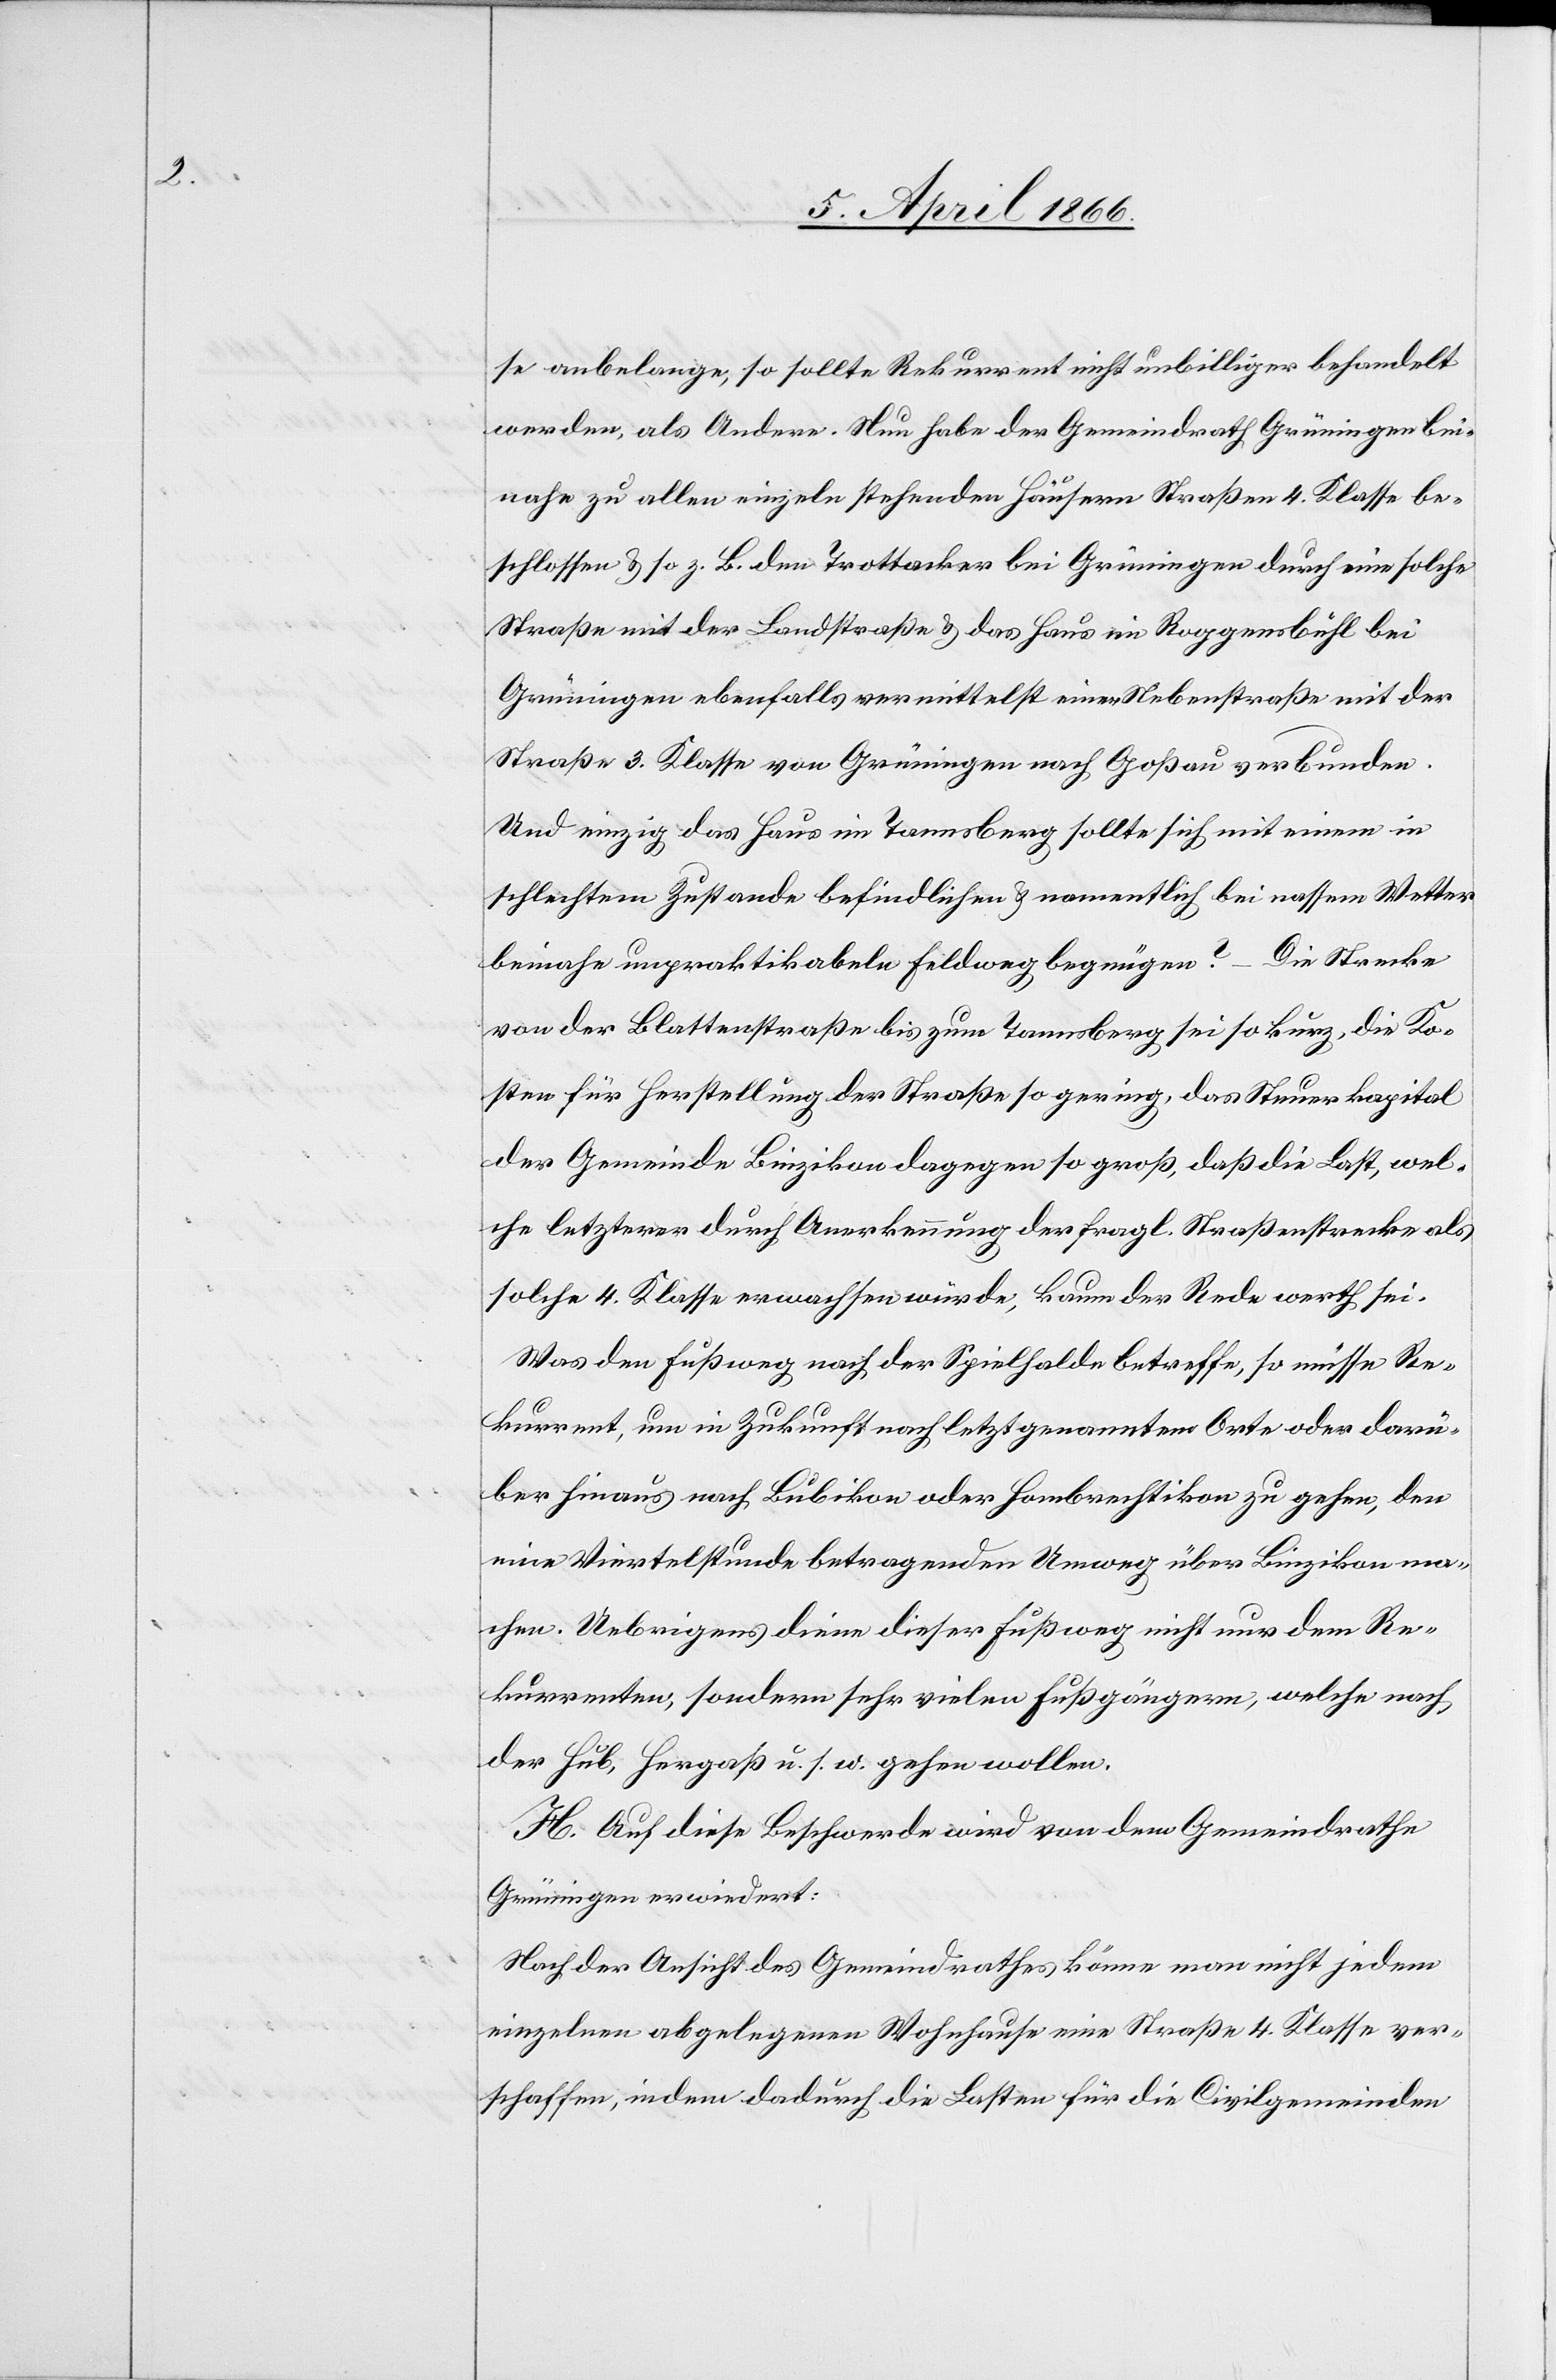
se anbelange, so sollte Rekurrent nicht unbilliger behandelt
werden, als Andere. Nun habe der Gemeindrath Grüningen bei¬
nahe zu allen einzeln stehenden Häusern Straßen 4. Klasse be¬
schlossen u. so z. B. dem Trottacker bei Grüningen durch eine solche
Straße mit der Landstraße u. das Haus im Roggensbühl bei
Grüningen ebenfalls vermittelst einer Nebenstraße mit der
Straße 3. Klasse von Grüningen nach Goßau verbunden.
Und einzig das Haus im Tannsberg sollte sich mit einem in
schlechtem Zustande befindlichen u. namentlich bei nassem Wetter
beinahe unpraktikabeln Feldweg begnügen? – Die Strecke
von der Blattenstraße bis zum Tannsberg sei so kurz, die Ko¬
sten für Herstellung der Straße so gering, das Steuerkapital
der Gemeinde Binzikon so groß, daß die Last, welche
solche 4. Klasse erwachsen würde, kaum der Rede werth sei.
Was den Fußweg nach der Spielhalde betreffe, so müsse Re¬
kurrent, um in Zukunft nach letztgenanntem Orte oder darü¬
ber hinaus nach Bubikon oder Hombrechtikon zu gehen, den
eine Viertelstunde betragenden Umweg über Binzikon ma¬
chen. Uebrigens diene dieser Fußweg nicht nur dem Re¬
kurrenten, sondern sehr vielen Fußgängern, welche nach
der Hub, Hergaß u. s. w. gehen wollen.
H. Auf diese Beschwerde wird von dem Gemeindrathe
Grüningen erwiedert:
Nach der Ansicht des Gemeindrathes könne man nicht jedem
einzelnen abgelegenen Wohnhause eine Straße 4. Klasse ver¬
schaffen, indem dadurch die Lasten für die Civilgemeinden